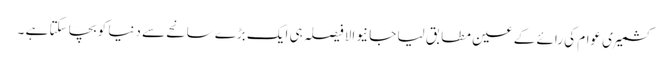
کشمیری عوام کی رائے کے عین مطابق لیا جا نیوالا فیصلہ ہی ایک بڑے سانحے سے دنیا کو بچا سکتا ہے ۔